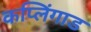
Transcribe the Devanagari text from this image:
कप्लिंगाड